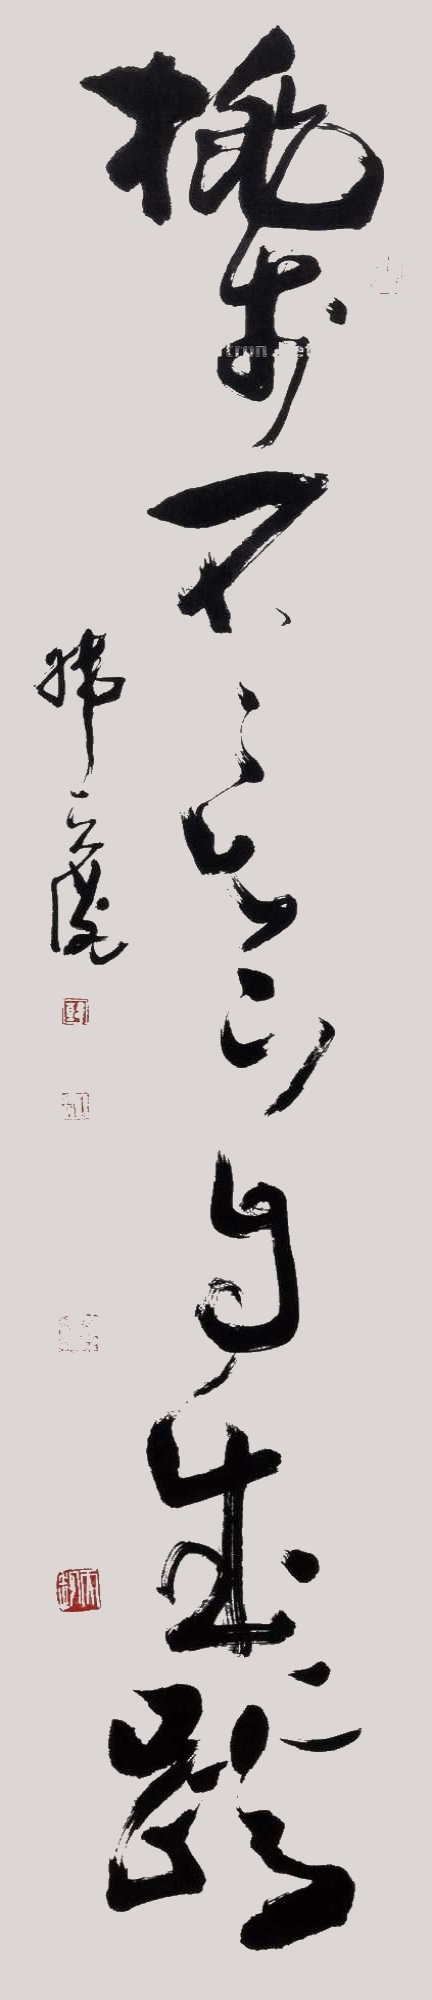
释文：桃李不言下自成蹊韩天衡